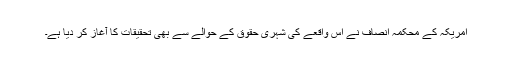
امریکہ کے محکمہ انصاف نے اس واقعے کی شہری حقوق کے حوالے سے بھی تحقیقات کا آغاز کر دیا ہے۔